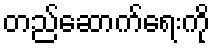
တည်ဆောက်ရေးကို